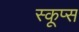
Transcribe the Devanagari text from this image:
स्कूप्स